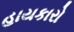
હાયકારો